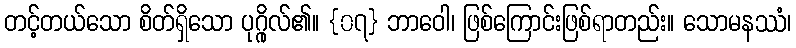
တင့်တယ်သော စိတ်ရှိသော ပုဂ္ဂိုလ်၏။ {၀၇} ဘာဝေါ၊ ဖြစ်ကြောင်းဖြစ်ရာတည်း။ သောမနဿံ၊